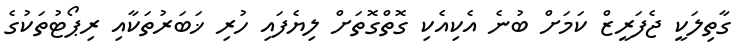
ގާތިލަކީ ޖެފަރީޒް ކަމަށް ބުނެ އެކިއެކި ގޮތްގޮތަށް ލިޔެފައި ހުރި ޚަބަރުތަކާއި ރިޕޯޓުތަކުގެ